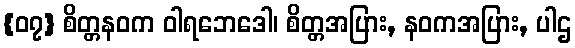
{၀၇} စိတ္တနဝက ဝါရဘေဒေါ၊ စိတ္တအပြား, နဝကအပြား, ပါဌ